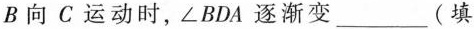
B向C运动时，\angle BDA逐渐变___(填